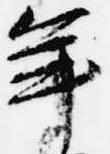
年